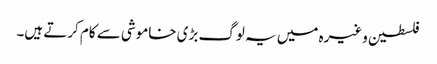
فلسطین وغیرہ میں یہ لوگ بڑی خاموشی سے کام کرتے ہیں۔